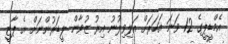
އެމްޑީޕީގެ 12 ވަނަ އަހަރަށް އަލިވިލުނު އިރު ޒުވާން ލީޑަރުންނަށް އެ ޕާޓީ